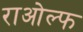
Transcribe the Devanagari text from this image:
राओल्फ